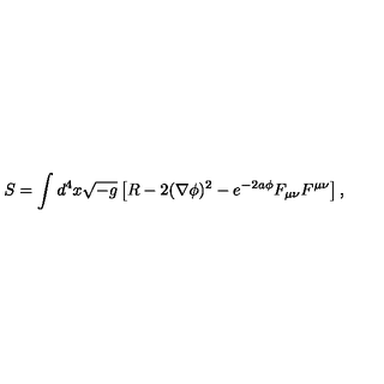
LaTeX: S = \int d ^ { 4 } x \sqrt { - g } \left[ R - 2 ( \nabla \phi ) ^ { 2 } - e ^ { - 2 a \phi } F _ { \mu \nu } F ^ { \mu \nu } \right] ,